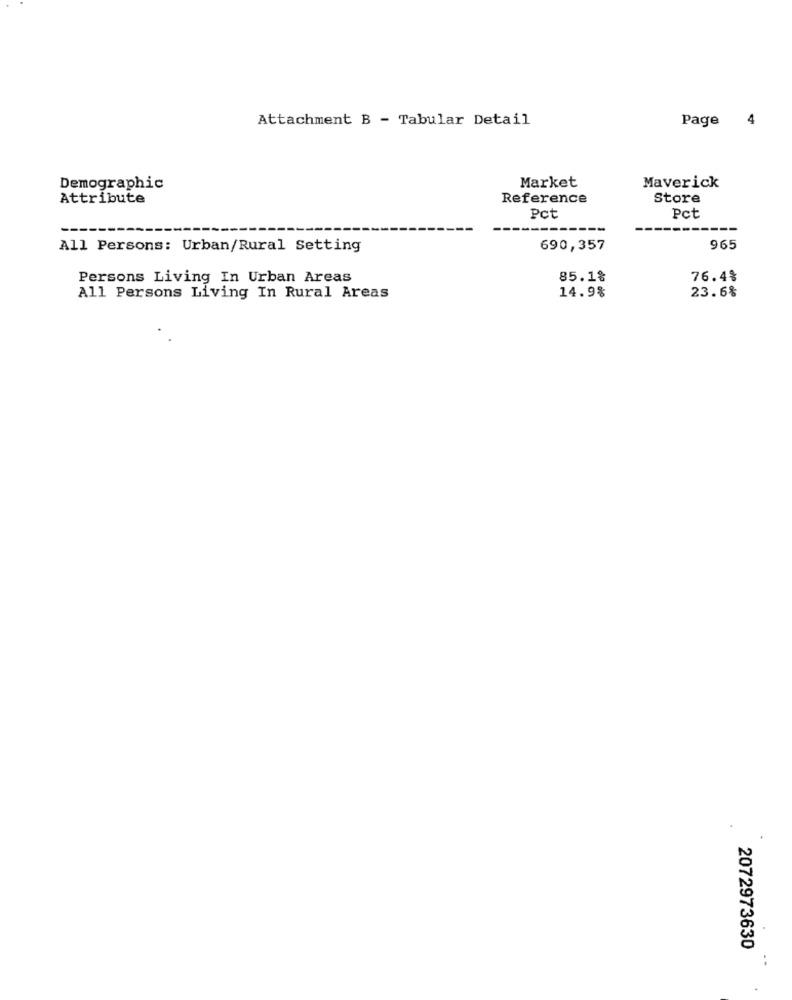
Attachment B - Tabular Detail
Page
4
Market
Demographic
Maverick
Attribute
Reference
Store
Pct
Pct
All Persons: Urban/Rural Setting
690,357
965
Persons Living In Urban Areas
85.1%
76.4%
14.9%
All Persons Living In Rural Areas
23.6%
2072973630
.